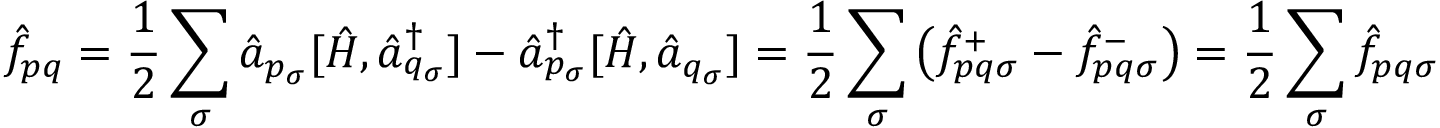
\hat { f } _ { p q } = \frac { 1 } { 2 } \sum _ { \sigma } \hat { a } _ { p _ { \sigma } } [ \hat { H } , \hat { a } _ { q _ { \sigma } } ^ { \dagger } ] - \hat { a } _ { p _ { \sigma } } ^ { \dagger } [ \hat { H } , \hat { a } _ { q _ { \sigma } } ] = \frac { 1 } { 2 } \sum _ { \sigma } \left( \hat { f } _ { p q \sigma } ^ { + } - \hat { f } _ { p q \sigma } ^ { - } \right) = \frac { 1 } { 2 } \sum _ { \sigma } \hat { f } _ { p q \sigma }